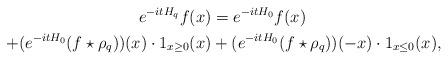
LaTeX: \begin{align*} e^{-itH_q}f(x)&=e^{-itH_0}f(x)\\ +(e^{-itH_0}(f\star\rho_q))(x)\cdot 1_{x\geq 0}(x) &+(e^{-it H_0}(f\star\rho_q))(-x) \cdot 1_{x\leq 0}(x), \end{align*}